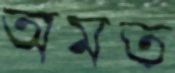
অমত